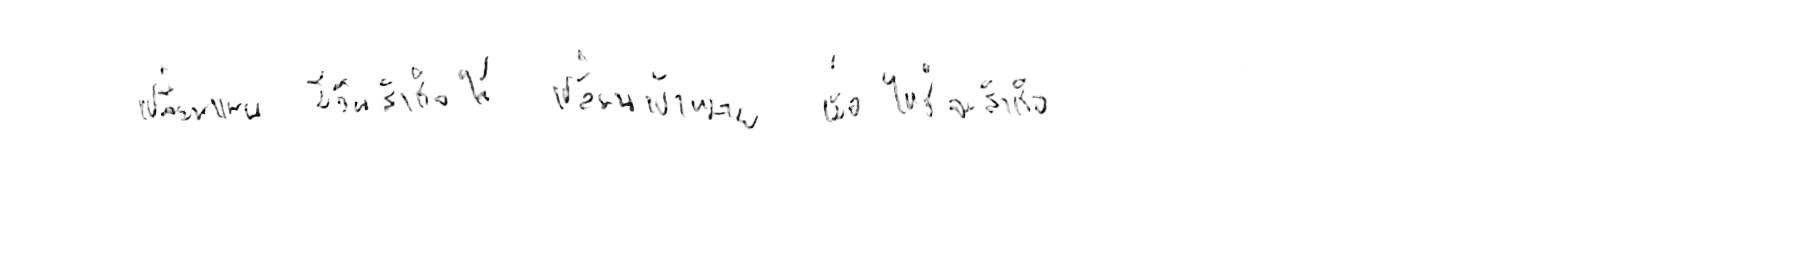
เปลี่ยนแผน มีวันสำเร็จได้ เปลี่ยนเป้าหมาย เมื่อไหร่จะสำเร็จ